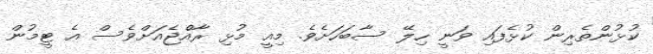
ކުޅުންތެރިން ކުޅެފައި ވަނީ ހިލޭ ސާބަހަށެވެ. މިއީ މުޅި ރާއެްޖެއަށްވެސް އެ ޓީމުން